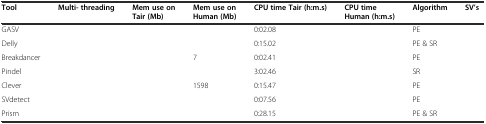
<table><thead><tr><td><b>Tool</b></td><td><b>Multi- threading</b></td><td><b>Mem use on Tair (Mb)</b></td><td><b>Mem use on Human (Mb)</b></td><td><b>CPU time Tair (h:m.s)</b></td><td><b>CPU time Human (h:m.s)</b></td><td><b>Algorithm</b></td><td><b>SV’s</b></td></tr></thead><tbody><tr><td>GASV</td><td>[EMPTY_CELL]</td><td>[EMPTY_CELL]</td><td>[EMPTY_CELL]</td><td>0:02.08</td><td>[EMPTY_CELL]</td><td>PE</td><td>[EMPTY_CELL]</td></tr><tr><td>Delly</td><td>[EMPTY_CELL]</td><td>[EMPTY_CELL]</td><td>[EMPTY_CELL]</td><td>0:15.02</td><td>[EMPTY_CELL]</td><td>PE &amp; SR</td><td>[EMPTY_CELL]</td></tr><tr><td>Breakdancer</td><td>[EMPTY_CELL]</td><td>[EMPTY_CELL]</td><td>7</td><td>0:02.41</td><td>[EMPTY_CELL]</td><td>PE</td><td>[EMPTY_CELL]</td></tr><tr><td>Pindel</td><td>[EMPTY_CELL]</td><td>[EMPTY_CELL]</td><td>[EMPTY_CELL]</td><td>3:02.46</td><td>[EMPTY_CELL]</td><td>SR</td><td>[EMPTY_CELL]</td></tr><tr><td>Clever</td><td>[EMPTY_CELL]</td><td>[EMPTY_CELL]</td><td>1598</td><td>0:15.47</td><td>[EMPTY_CELL]</td><td>PE</td><td>[EMPTY_CELL]</td></tr><tr><td>SVdetect</td><td>[EMPTY_CELL]</td><td>[EMPTY_CELL]</td><td>[EMPTY_CELL]</td><td>0:07.56</td><td>[EMPTY_CELL]</td><td>PE</td><td>[EMPTY_CELL]</td></tr><tr><td>Prism</td><td>[EMPTY_CELL]</td><td>[EMPTY_CELL]</td><td>[EMPTY_CELL]</td><td>0:28.15</td><td>[EMPTY_CELL]</td><td>PE &amp; SR</td><td>[EMPTY_CELL]</td></tr></tbody></table>